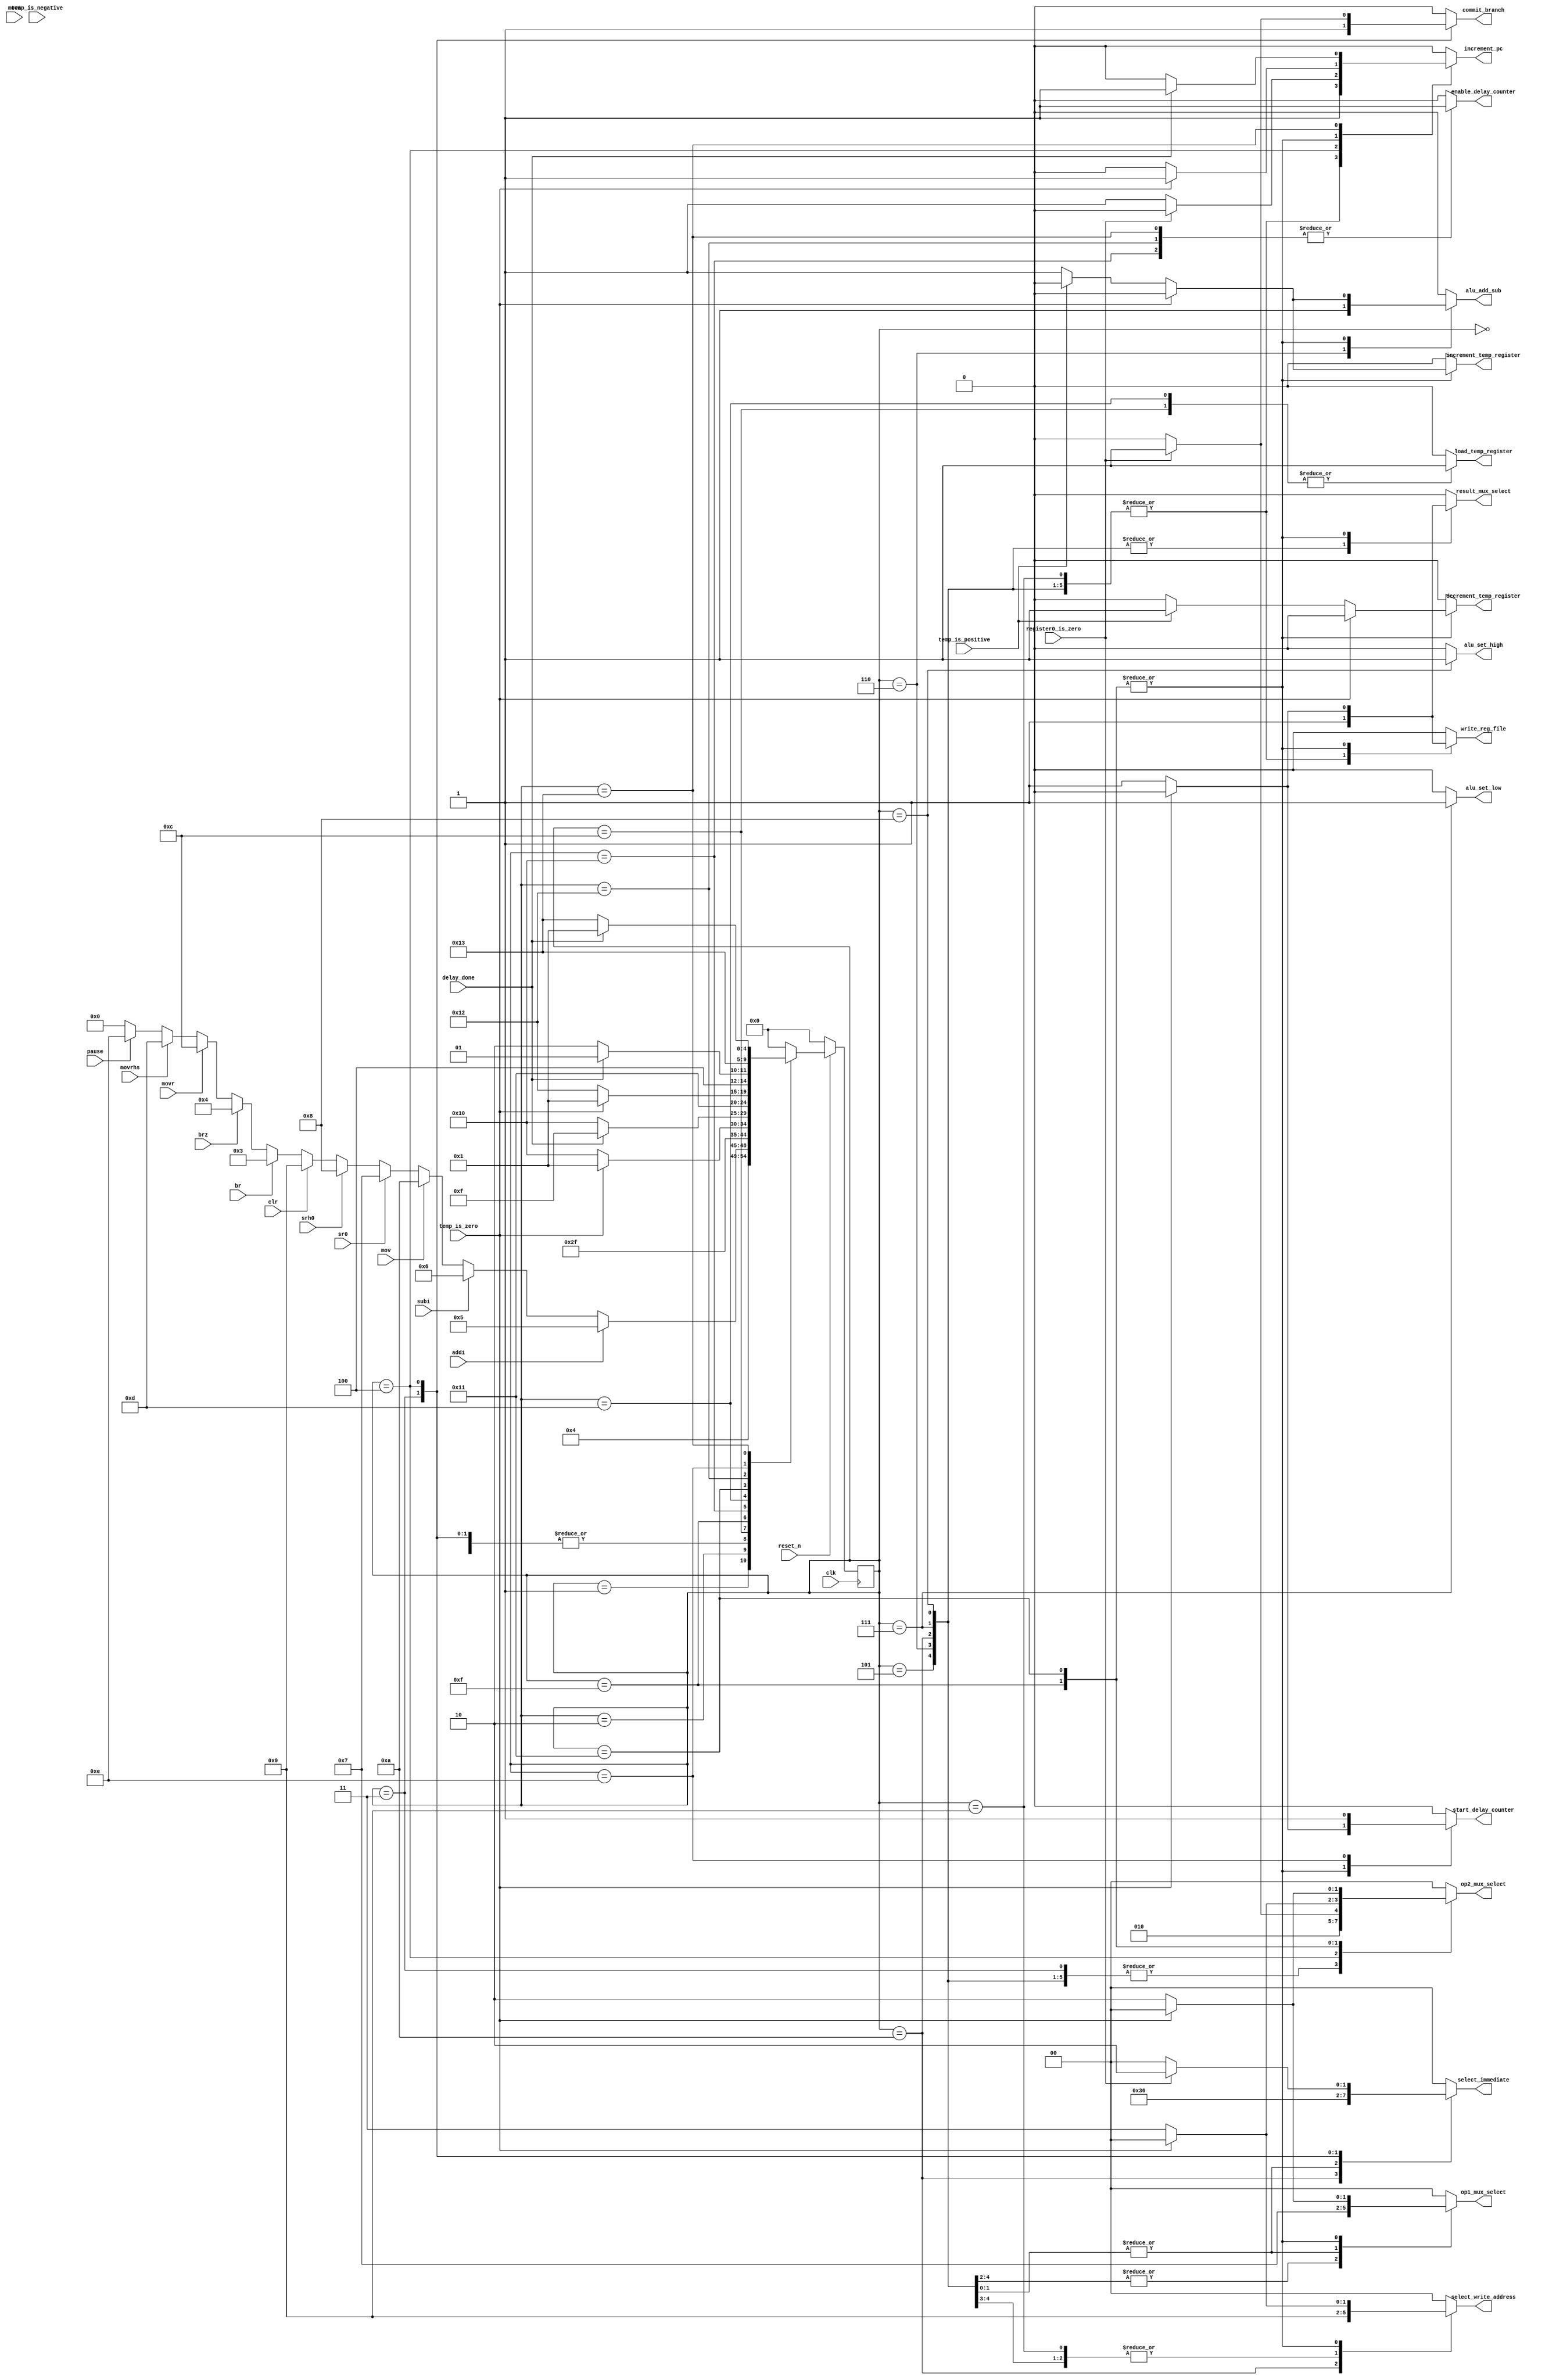
module control_fsm (
	input clk, reset_n,
	// Status inputs
	input br, brz, addi, subi, sr0, srh0, clr, mov, mova, movr, movrhs, pause,
	input delay_done,
	input temp_is_positive, temp_is_negative, temp_is_zero,
	input register0_is_zero,
	// Control signal outputs
	output reg write_reg_file,
	output reg result_mux_select,
	output reg [1:0] op1_mux_select, op2_mux_select,
	output reg start_delay_counter, enable_delay_counter,
	output reg commit_branch, increment_pc,
	output reg alu_add_sub, alu_set_low, alu_set_high,
	output reg load_temp_register, increment_temp_register, decrement_temp_register,
	output reg [1:0] select_immediate,
	output reg [1:0] select_write_address	
);

parameter RESET=5'b00000, FETCH=5'b00001, DECODE=5'b00010,
			BR=5'b00011, BRZ=5'b00100, ADDI=5'b00101, SUBI=5'b00110, SR0=5'b00111,
			SRH0=5'b01000, CLR=5'b01001, MOV=5'b01010, MOVA=5'b01011,
			MOVR=5'b01100, MOVRHS=5'b01101, PAUSE=5'b01110, MOVR_STAGE2=5'b01111,
			MOVR_DELAY=5'b10000, MOVRHS_STAGE2=5'b10001, MOVRHS_DELAY=5'b10010,
			PAUSE_DELAY=5'b10011;


reg [4:0] state;
reg [4:0] next_state_logic; // NOT REALLY A REGISTER!!!

// Next state logic
always @(*) begin
	next_state_logic=RESET;
	if (!reset_n) begin
		next_state_logic=RESET;
	end else begin
		case (state)
			RESET: begin
					next_state_logic=FETCH;
				end
			FETCH: begin
					next_state_logic=DECODE;
				end
			DECODE: begin
				if (addi)
					next_state_logic = ADDI;
				else if (subi)
					next_state_logic = SUBI;
				else if (mov)
					next_state_logic = MOV;
				else if (sr0)
					next_state_logic = SR0;
				else if (srh0)
					next_state_logic = SRH0;
				else if (clr)
					next_state_logic = CLR;
				else if (br)
					next_state_logic = BR;
				else if (brz)
					next_state_logic = BRZ;
				else if (movr)
					next_state_logic = MOVR;
				else if (movrhs)
					next_state_logic = MOVRHS;
				else if (pause) 
					next_state_logic = PAUSE;
				end
			ADDI:
				next_state_logic = FETCH;
			SUBI:
				next_state_logic = FETCH;
			MOV:
				next_state_logic = FETCH;
			SR0:
				next_state_logic = FETCH;
			SRH0:
				next_state_logic = FETCH;
			CLR:
				next_state_logic = FETCH;
			BR:
				next_state_logic = FETCH;
			BRZ:
				next_state_logic = FETCH;
			
			//MOVR
			MOVR:
				next_state_logic = MOVR_STAGE2;
			MOVR_STAGE2: begin
				if(temp_is_zero)
					next_state_logic = FETCH;
				else
					next_state_logic = MOVR_DELAY;
			end
			MOVR_DELAY: begin
				if (delay_done)
					next_state_logic = MOVR_STAGE2;
				else
					next_state_logic = MOVR_DELAY;
			end
			
			//MOVRHS
			MOVRHS:
				next_state_logic = MOVRHS_STAGE2;
			MOVRHS_STAGE2: begin
				if(temp_is_zero)
					next_state_logic = FETCH;
				else
					next_state_logic = MOVRHS_DELAY;
			end
			MOVRHS_DELAY: begin
				if(delay_done)
					next_state_logic = MOVRHS_STAGE2;
				else
					next_state_logic = MOVRHS_DELAY;
			end	
			PAUSE:
				next_state_logic = PAUSE_DELAY;
			PAUSE_DELAY: begin
				if(delay_done)
					next_state_logic = FETCH;
				else
					next_state_logic = PAUSE_DELAY;
			end
			default: next_state_logic=RESET;
		endcase
	end	
end

// State register
always @(posedge clk) begin
		state<=next_state_logic;
end

// Output logic
always @(*) begin		
	start_delay_counter = 1'b0;
	enable_delay_counter = 1'b0;
	commit_branch = 1'b0;	
	select_immediate = 2'b00;
	op1_mux_select = 2'b00;
	op2_mux_select = 2'b00;
	alu_add_sub = 1'b0;
	alu_set_low = 1'b0;
	alu_set_high = 1'b0;
	result_mux_select = 1'b0;
	write_reg_file = 1'b0;	
	load_temp_register = 1'b0;
	increment_temp_register = 1'b0;
	decrement_temp_register = 1'b0;	
	select_write_address = 2'b00;
	increment_pc = 1'b0;
	
	case (state)
		ADDI: begin
				select_immediate = 2'b00;
				op1_mux_select = 2'b01;
				op2_mux_select = 2'b01;
				alu_add_sub = 1'b0;
				result_mux_select = 1'b1; //select result
				write_reg_file = 1'b1;
				select_write_address = 2'b01;
				increment_pc = 1'b1;
			end
		SUBI: begin
			select_immediate = 2'b00;
			op1_mux_select = 2'b01;
			op2_mux_select = 2'b01;
			alu_add_sub = 1'b1;
			result_mux_select = 1'b1;
			write_reg_file = 1'b1;
			select_write_address = 2'b01;
			increment_pc = 1'b1;
		end
		
		MOV:  begin
			select_immediate = 2'b11; 
			op1_mux_select = 2'b01;
			op2_mux_select = 2'b01;
			alu_add_sub = 1'b0; //write R_s-0 to R_d
			result_mux_select = 1'b1;
			write_reg_file = 1'b1;
			select_write_address = 2'b10;
			increment_pc = 1'b1;
		end
		
		SR0: begin
			select_immediate = 2'b01;
			op1_mux_select = 2'b11;
			op2_mux_select = 2'b01;
			alu_set_low = 1'b1;
			result_mux_select = 1'b1;
			write_reg_file = 1'b1;
			select_write_address = 2'b00;
			increment_pc = 1'b1;
		end
		
		SRH0: begin //same as sr0 but high
			select_immediate = 2'b01; 
			op1_mux_select = 2'b11;
			op2_mux_select = 2'b01;
			alu_set_high = 1'b1;
			result_mux_select = 1'b1;
			write_reg_file = 1'b1;
			select_write_address = 2'b00;
			increment_pc = 1'b1;
		end
		
		CLR: begin
			result_mux_select = 1'b0;
			write_reg_file = 1'b1;
			select_write_address = 2'b01;
			increment_pc = 1'b1;
		end
		
		BR: begin
			commit_branch = 1'b1;
			select_immediate = 2'b10;			
			op1_mux_select = 2'b00;
			op2_mux_select = 2'b01;
			alu_add_sub = 1'b0;						
			increment_pc=1'b0;
		end
		
		BRZ: begin
			if (register0_is_zero) begin
				commit_branch = 1'b1;
				select_immediate = 2'b10;
				op1_mux_select = 2'b00;
				op2_mux_select = 2'b01;
				alu_add_sub = 1'b0;				
				increment_pc=1'b0;
			end else
				increment_pc = 1'b1;
		end
		
		MOVR:
			load_temp_register = 1'b1;
		
		MOVR_STAGE2: begin
			if (temp_is_zero)
					increment_pc = 1'b1;
			else begin
				if(temp_is_positive) begin
					decrement_temp_register = 1'b1;
					op1_mux_select = 2'b10;
					op2_mux_select = 2'b11;
					alu_add_sub = 1'b0;
					result_mux_select = 1'b1;
					write_reg_file = 1'b1;
					select_write_address = 2'b11;					
				end else begin
					increment_temp_register = 1'b1;
					op1_mux_select = 2'b10;
					op2_mux_select = 2'b11;
					alu_add_sub = 1'b1;
					result_mux_select = 1'b1;
					write_reg_file = 1'b1;
					select_write_address = 2'b11;					
				end
				start_delay_counter = 1'b1;
			end
		end
		
		MOVR_DELAY:
			enable_delay_counter = 1'b1;
			
		MOVRHS:
			load_temp_register = 1'b1;
		
		MOVRHS_STAGE2: begin
			if (temp_is_zero)
					increment_pc = 1'b1;
			else begin
				if(temp_is_positive) begin
					decrement_temp_register = 1'b1;
					op1_mux_select = 2'b10;
					op2_mux_select = 2'b10;
					alu_add_sub = 1'b0;
					result_mux_select = 1'b1;
					write_reg_file = 1'b1;
					select_write_address = 2'b11;
				end else begin
					increment_temp_register = 1'b1;
					op1_mux_select = 2'b10;
					op2_mux_select = 2'b10;
					alu_add_sub = 1'b1;
					result_mux_select = 1'b1;
					write_reg_file = 1'b1;
					select_write_address = 2'b11;					
				end
				start_delay_counter = 1'b1;
			end
		end
		
		MOVRHS_DELAY:
			enable_delay_counter = 1'b1;	
		
		PAUSE: begin
			start_delay_counter = 1'b1;
		end
		
		PAUSE_DELAY: begin
			enable_delay_counter = 1'b1;
			if (delay_done)
				increment_pc = 1'b1;
		end
	endcase
end

endmodule